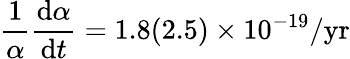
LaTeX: \frac{1}{\alpha}\frac{\textrm{d}\alpha}{\textrm{d}t}=1.8(2.5)\times 10^{-19}/\textrm{yr}